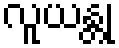
လူယန္တု